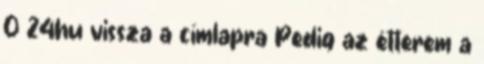
0 24hu vissza a címlapra Pedig az étterem a